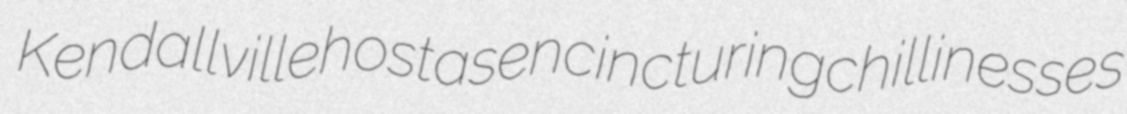
Kendallville hostas encincturing chillinesses